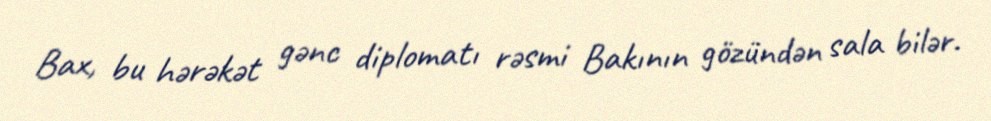
Bax, bu hərəkət gənc diplomatı rəsmi Bakının gözündən sala bilər.